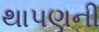
થાપણની